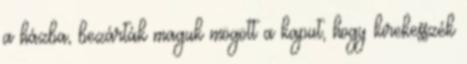
a házba, bezárták maguk mögött a kaput, hogy kirekesszék